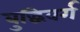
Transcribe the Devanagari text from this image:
बुद्धिवर्ग